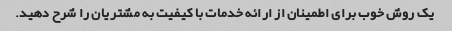
یک روش خوب برای اطمینان از ارائه خدمات با کیفیت به مشتریان را شرح دهید.